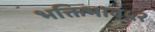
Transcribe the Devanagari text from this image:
भक्तिभाव५२